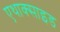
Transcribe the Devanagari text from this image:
एथाक्साइड